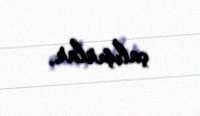
çalışırlar.